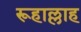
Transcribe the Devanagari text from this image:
रूहाल्लाह